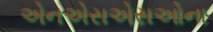
એનએસએસઓના